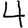
Digit: 4